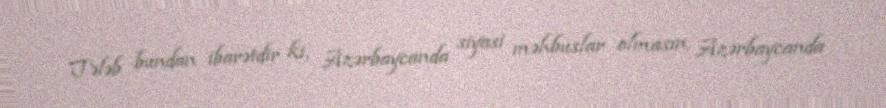
Tələb bundan ibarətdir ki, Azərbaycanda siyasi məhbuslar olmasın, Azərbaycanda